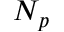
N _ { p }